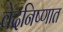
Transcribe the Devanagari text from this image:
वेदनिष्णात